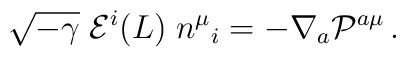
\sqrt{-\gamma} \; {\cal E}^i (L) \; n^\mu{}_i =- \nabla_a {\cal P}^{a\mu}\,.